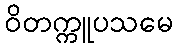
ဝိတက္ကူပသမေ